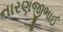
નારણજીભાઈ